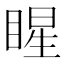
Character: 睲